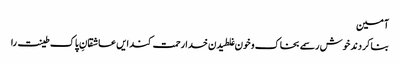
آمین
بنا کردند خوش رسمے بخاک و خون غلطیدن خدا رحمت کند ایں عاشقانِ پاک طینت را